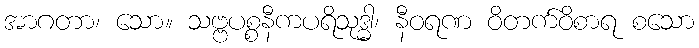
အာဂတာ၊ သော။ သဗ္ဗပစ္စနီကပရိသုဒ္ဓါ၊ နီဝရဏ ဝိတက်ဝိစာရ စသော